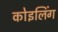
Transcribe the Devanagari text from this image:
कोइलिंग